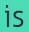
is